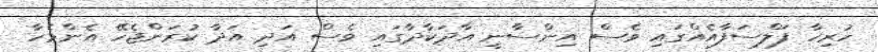
ހުރިހާ ފަލްސަފާއެއްގައި ވެސް އިންސާނީ އާދަކާދާގައި ވެސް އަދި އަދާ ކުރަންޖެހޭ އެންމެހާ